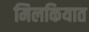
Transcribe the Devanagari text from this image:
मिलकियात